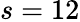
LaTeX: s=12